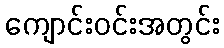
ကျောင်းဝင်းအတွင်း